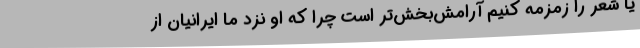
یا شعر را زمزمه کنیم آرامش‌بخش‌تر است چرا که او نزد ما ایرانیان از